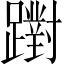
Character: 𨆷